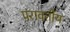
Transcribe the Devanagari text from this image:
परावर्तीय